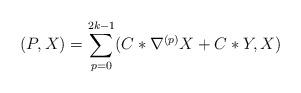
LaTeX: \begin{align*}(P, X) = \sum_{p=0}^{2k-1}(C\ast \nabla^{(p)}X + C\ast Y, X)\end{align*}